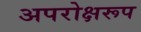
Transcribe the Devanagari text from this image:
अपरोक्षरूप